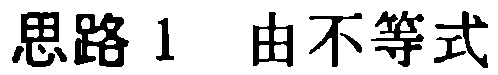
思路 1 由不等式